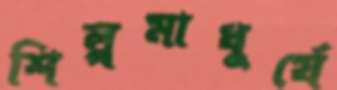
শিল্পমাধুর্যে